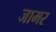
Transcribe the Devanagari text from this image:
जामर